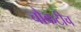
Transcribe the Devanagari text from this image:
चौकटीच